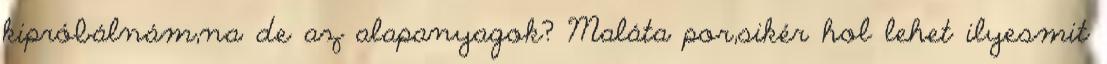
kipróbálnám,na de az alapanyagok? Maláta por,sikér hol lehet ilyesmit